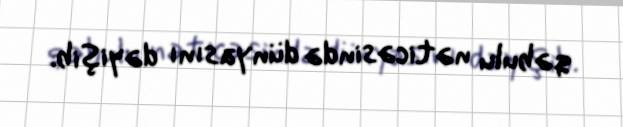
qəbulu nəticəsində dünyasını dəyişib.